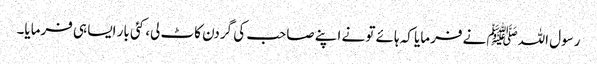
رسول اللہﷺ نے فرمایا کہ ہائے تو نے اپنے صاحب کی گردن کاٹ لی، کئی بار ایسا ہی فرمایا۔